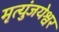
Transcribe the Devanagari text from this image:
मृत्युंजयेश्वर